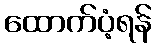
ထောက်ပံ့ရန်